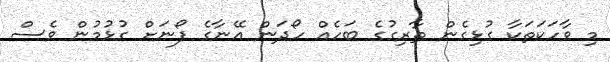
މި ވާހަކަތަކާ ގުޅިގެން ޠާރިގުގެ ބަހެއް ހޯދަން އޭނާގެ ފޯނަށް ގުޅުމުން ވެސް